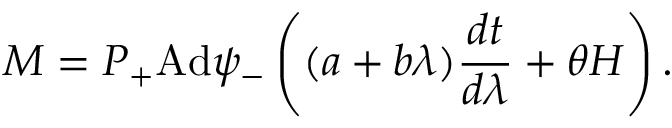
M = P _ { + } \mathrm { A d } \psi _ { - } \left( ( a + b \lambda ) \frac { d t } { d \lambda } + \theta H \right) .